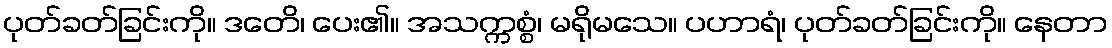
ပုတ်ခတ်ခြင်းကို။ ဒတေိ၊ ပေး၏။ အသက္ကစ္စံ၊ မရိုမသေ။ ပဟာရံ၊ ပုတ်ခတ်ခြင်းကို။ နေတာ